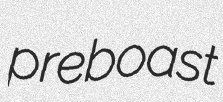
preboast